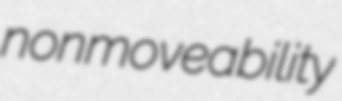
nonmoveability